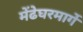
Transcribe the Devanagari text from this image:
मेंढेघरमार्गे